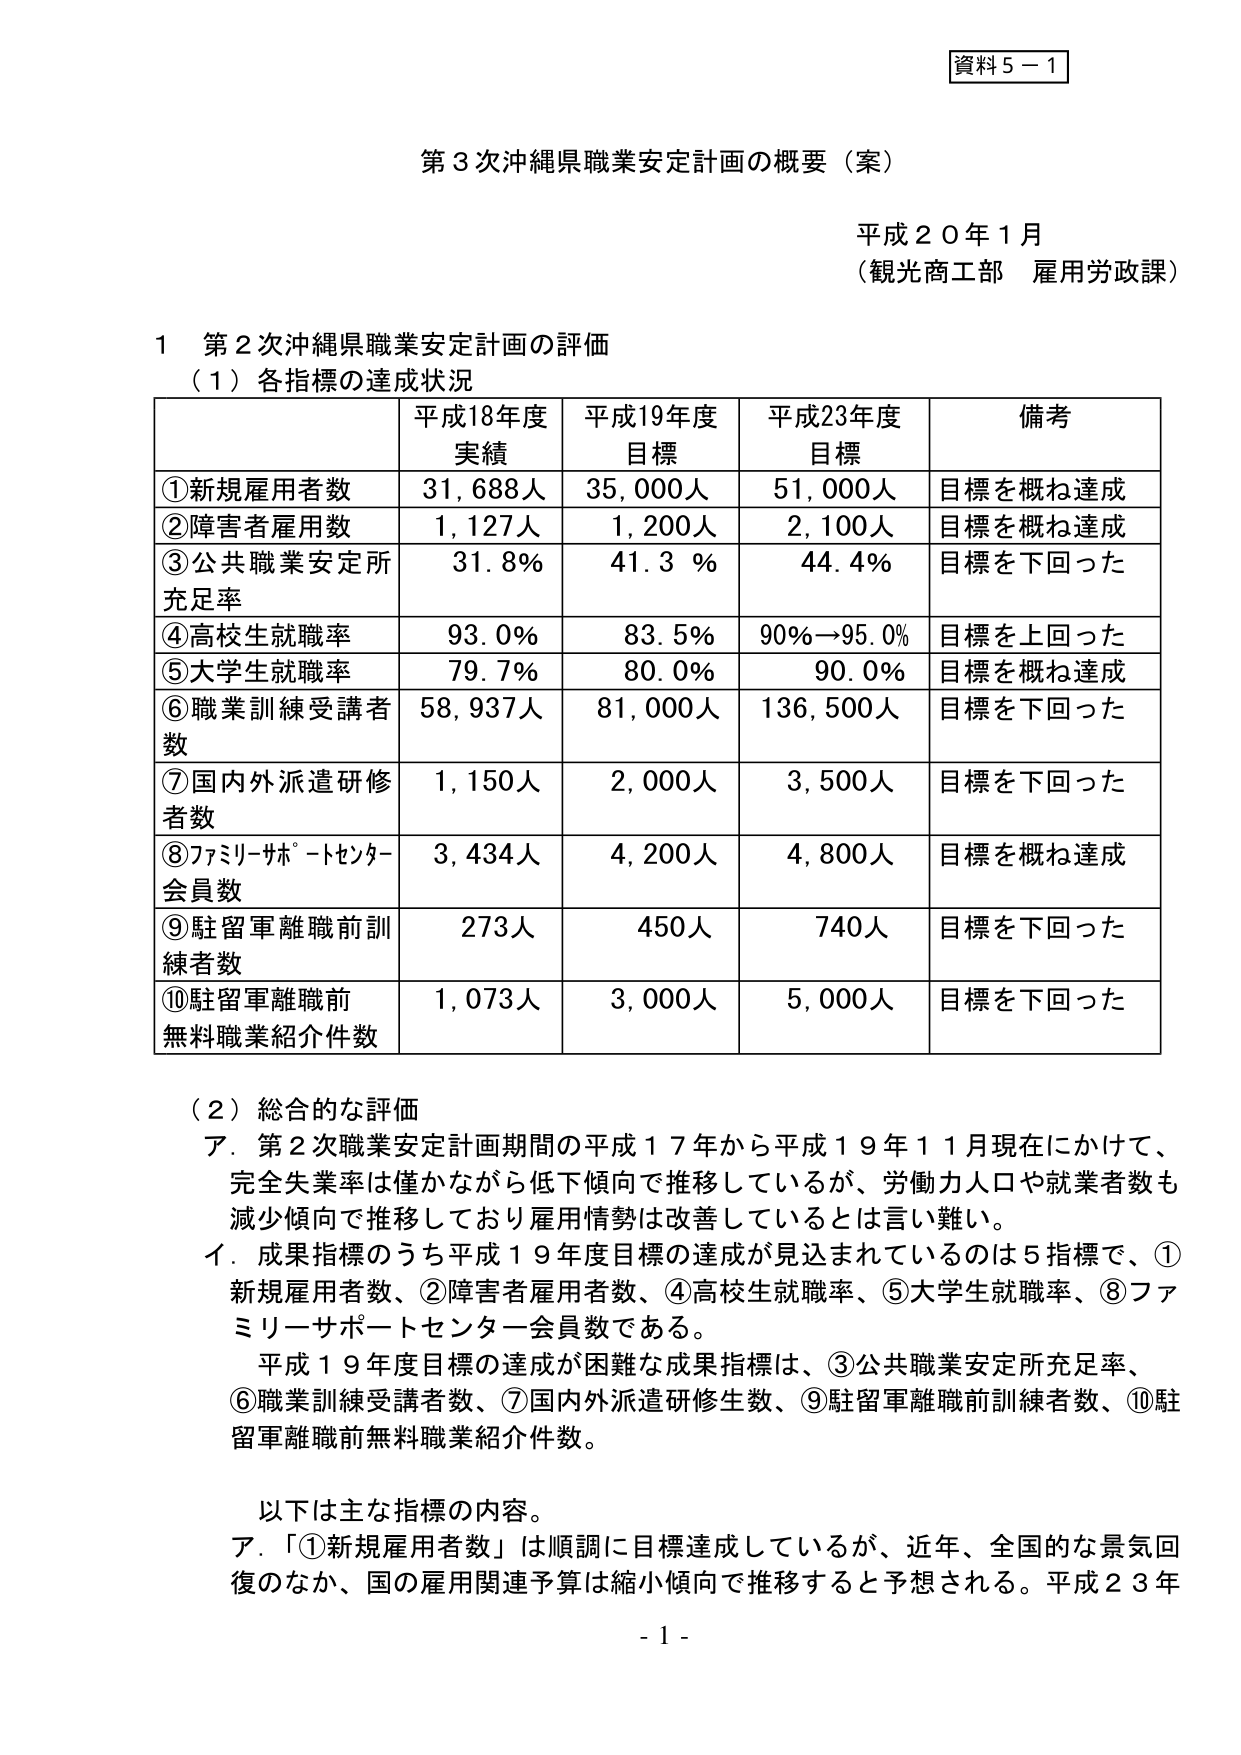
資料５－１

第３次沖縄県職業安定計画の概要（案）

平成２０年１月
（観光商工部 雇用労政課）

１ 第２次沖縄県職業安定計画の評価
（１）各指標の達成状況

| | 平成18年度実績 | 平成19年度目標 | 平成23年度目標 | 備考 |
|---|---|---|---|---|
| ①新規雇用者数 | 31,688人 | 35,000人 | 51,000人 | 目標を概ね達成 |
| ②障害者雇用数 | 1,127人 | 1,200人 | 2,100人 | 目標を概ね達成 |
| ③公共職業安定所充足率 | 31.8％ | 41.3％ | 44.4％ | 目標を下回った |
| ④高校生就職率 | 93.0％ | 83.5％ | 90％→95.0％ | 目標を上回った |
| ⑤大学生就職率 | 79.7％ | 80.0％ | 90.0％ | 目標を概ね達成 |
| ⑥職業訓練受講者数 | 58,937人 | 81,000人 | 136,500人 | 目標を下回った |
| ⑦国内外派遣研修者数 | 1,150人 | 2,000人 | 3,500人 | 目標を下回った |
| ⑧ファミリーサポートセンター会員数 | 3,434人 | 4,200人 | 4,800人 | 目標を概ね達成 |
| ⑨駐留軍離職前訓練者数 | 273人 | 450人 | 740人 | 目標を下回った |
| ⑩駐留軍離職前無料職業紹介件数 | 1,073人 | 3,000人 | 5,000人 | 目標を下回った |

（２）総合的な評価
ア．第２次職業安定計画期間の平成１７年から平成１９年１１月現在にかけて、完全失業率は僅かながら低下傾向で推移しているが、労働力人口や就業者数も減少傾向で推移しており雇用情勢は改善しているとは言い難い。
イ．成果指標のうち平成１９年度目標の達成が見込まれているのは５指標で、①新規雇用者数、②障害者雇用者数、④高校生就職率、⑤大学生就職率、⑧ファミリーサポートセンター会員数である。
平成１９年度目標の達成が困難な成果指標は、③公共職業安定所充足率、⑥職業訓練受講者数、⑦国内外派遣研修生数、⑨駐留軍離職前訓練者数、⑩駐留軍離職前無料職業紹介件数。

以下は主な指標の内容。
ア．「①新規雇用者数」は順調に目標達成しているが、近年、全国的な景気回復のなか、国の雇用関連予算は縮小傾向で推移すると予想される。平成２３年

- 1 -